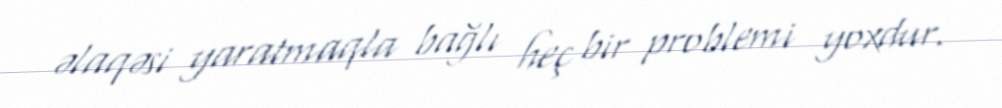
əlaqəsi yaratmaqla bağlı heç bir problemi yoxdur.